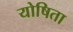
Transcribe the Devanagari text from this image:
योषिता